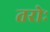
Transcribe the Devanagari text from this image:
तरोः